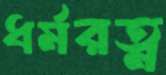
ধর্মরত্ন